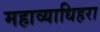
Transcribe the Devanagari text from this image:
महाव्याधिहरा